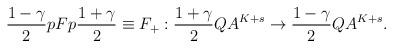
LaTeX: \begin{align*}\frac{1-\gamma}{2}pFp\frac{1+\gamma}{2} \equiv F_+:\frac{1+\gamma}{2}QA^{K+s} \rightarrow \frac{1-\gamma}{2}QA^{K+s}.\end{align*}